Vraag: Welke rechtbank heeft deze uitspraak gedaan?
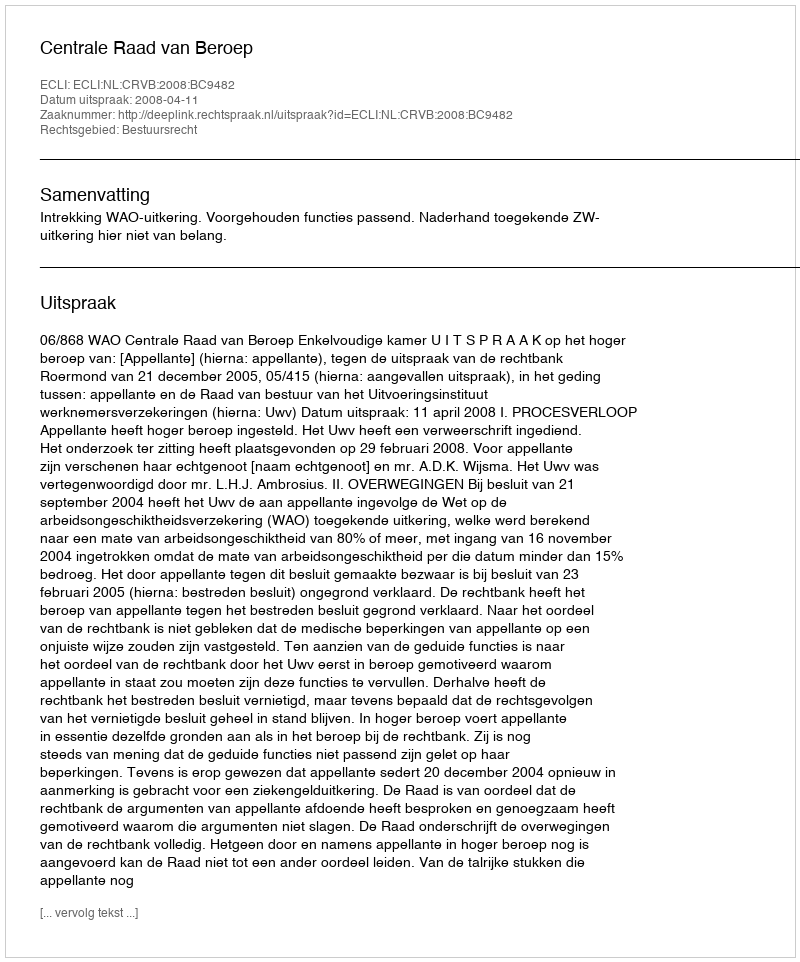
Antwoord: Centrale Raad van Beroep